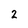
Character: 2